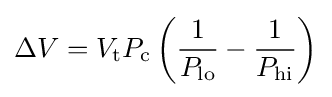
\Delta V=V_{\text{t}}P_{\text{c}}\left({\frac {1}{P_{\text{lo}}}}-{\frac {1}{P_{\text{hi}}}}\right)